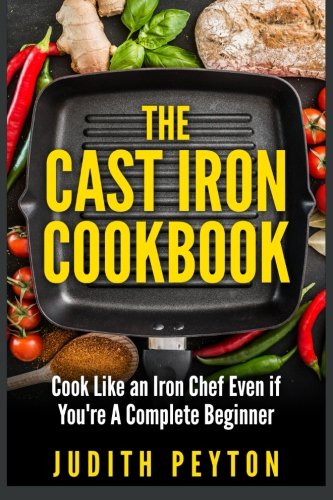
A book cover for The Cast Iron Cookbook; Judith Peyton; Cookbooks, Food & Wine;